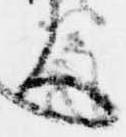
ハ